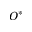
O ^ { \ast }